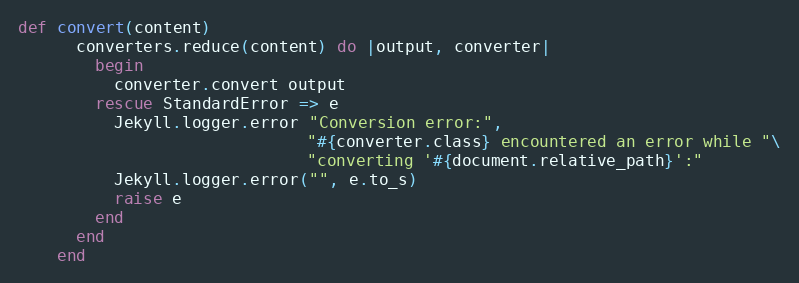
Language: Ruby
def convert(content)
      converters.reduce(content) do |output, converter|
        begin
          converter.convert output
        rescue StandardError => e
          Jekyll.logger.error "Conversion error:",
                              "#{converter.class} encountered an error while "\
                              "converting '#{document.relative_path}':"
          Jekyll.logger.error("", e.to_s)
          raise e
        end
      end
    end